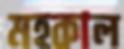
মহকাল